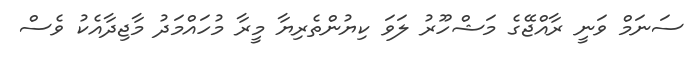
ސަނަމް ވަނީ ރާއްޖޭގެ މަޝްހޫރު ލަވަ ކިޔުންތެރިޔާ މީރާ މުހައްމަދު މާޖިދާއެކު ވެސް